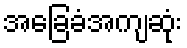
အခြေခံအကျဆုံး